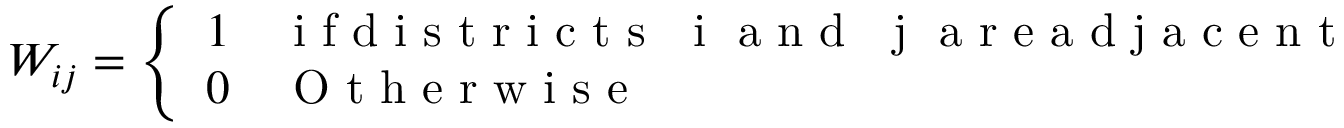
W _ { i j } = \left\{ \begin{array} { l l } { 1 } & { \mathrm { ~ i ~ f ~ d ~ i ~ s ~ t ~ r ~ i ~ c ~ t ~ s ~ \ensuremath ~ { ~ i ~ \mathrm { ~ a ~ n ~ d ~ \ensuremath ~ { ~ j ~ } ~ a ~ r ~ e ~ a ~ d ~ j ~ a ~ c ~ e ~ n ~ t ~ } ~ } ~ } } \\ { 0 } & { \mathrm { ~ O ~ t ~ h ~ e ~ r ~ w ~ i ~ s ~ e ~ } } \end{array} \right.